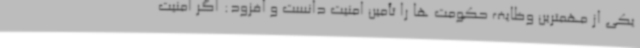
یکی از مهمترین وظایف حکومت ها را تأمین امنیت دانست و افزود: اگر امنیت